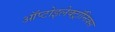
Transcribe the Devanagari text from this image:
ऑप्टोइलेक्ट्रॉनिक्स